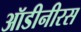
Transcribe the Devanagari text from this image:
ऑडीनीरस